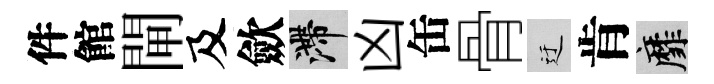
件館閘及歛滯凶缶骨迂肯靡